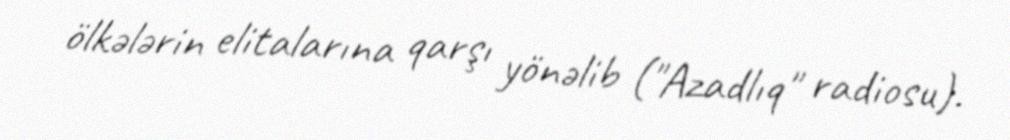
ölkələrin elitalarına qarşı yönəlib ("Azadlıq" radiosu).